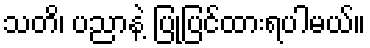
သတိ၊ ပညာနဲ့ ပြုပြင်ထားရပါမယ်။